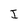
Character: J